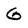
Character: G